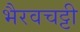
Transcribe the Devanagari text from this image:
भैरवचट्टी